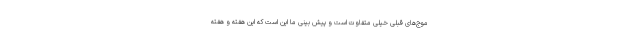
موج‌های قبلی خیلی متفاوت است و پیش بینی ما این است که این هفته و هفته